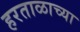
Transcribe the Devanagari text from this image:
हरताळाच्या